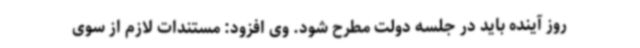
روز آینده باید در جلسه دولت مطرح شود. وی افزود: مستندات لازم از سوی